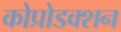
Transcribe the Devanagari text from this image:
कोप्रोडक्शन